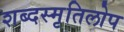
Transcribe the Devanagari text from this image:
शब्दस्मृतिलोप